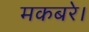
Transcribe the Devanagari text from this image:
मकबरे।